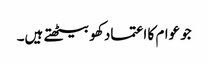
جو عوام کا اعتماد کھو بیٹھتے ہیں۔